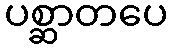
ပစ္ဆာတပေ